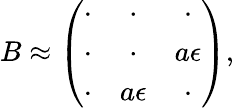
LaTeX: B\approx\left(\begin{array}{ccc}{{\cdot}}&{{\cdot}}&{{\cdot}}\\ {{\cdot}}&{{\cdot}}&{{a\epsilon}}\\ {{\cdot}}&{{a\epsilon}}&{{\cdot}}\end{array}\right),